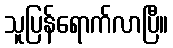
သူပြန်ရောက်လာပြီ။